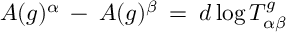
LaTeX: A ( g ) ^ { \alpha } \: - \: A ( g ) ^ { \beta } \: = \: d \log T _ { \alpha \beta } ^ { g }